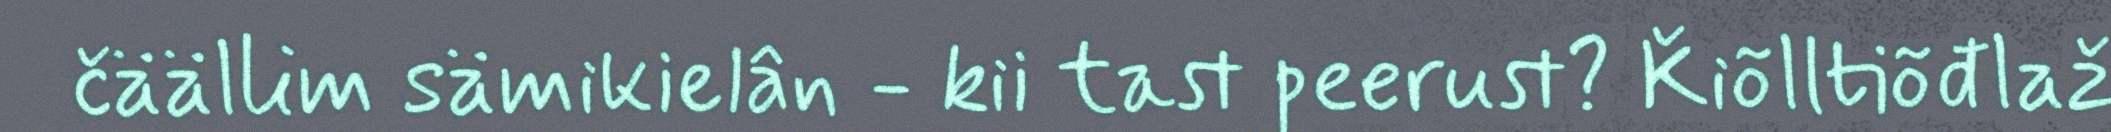
čäällim sämikielân - kii tast peerust? Ǩiõlltiõđlaž